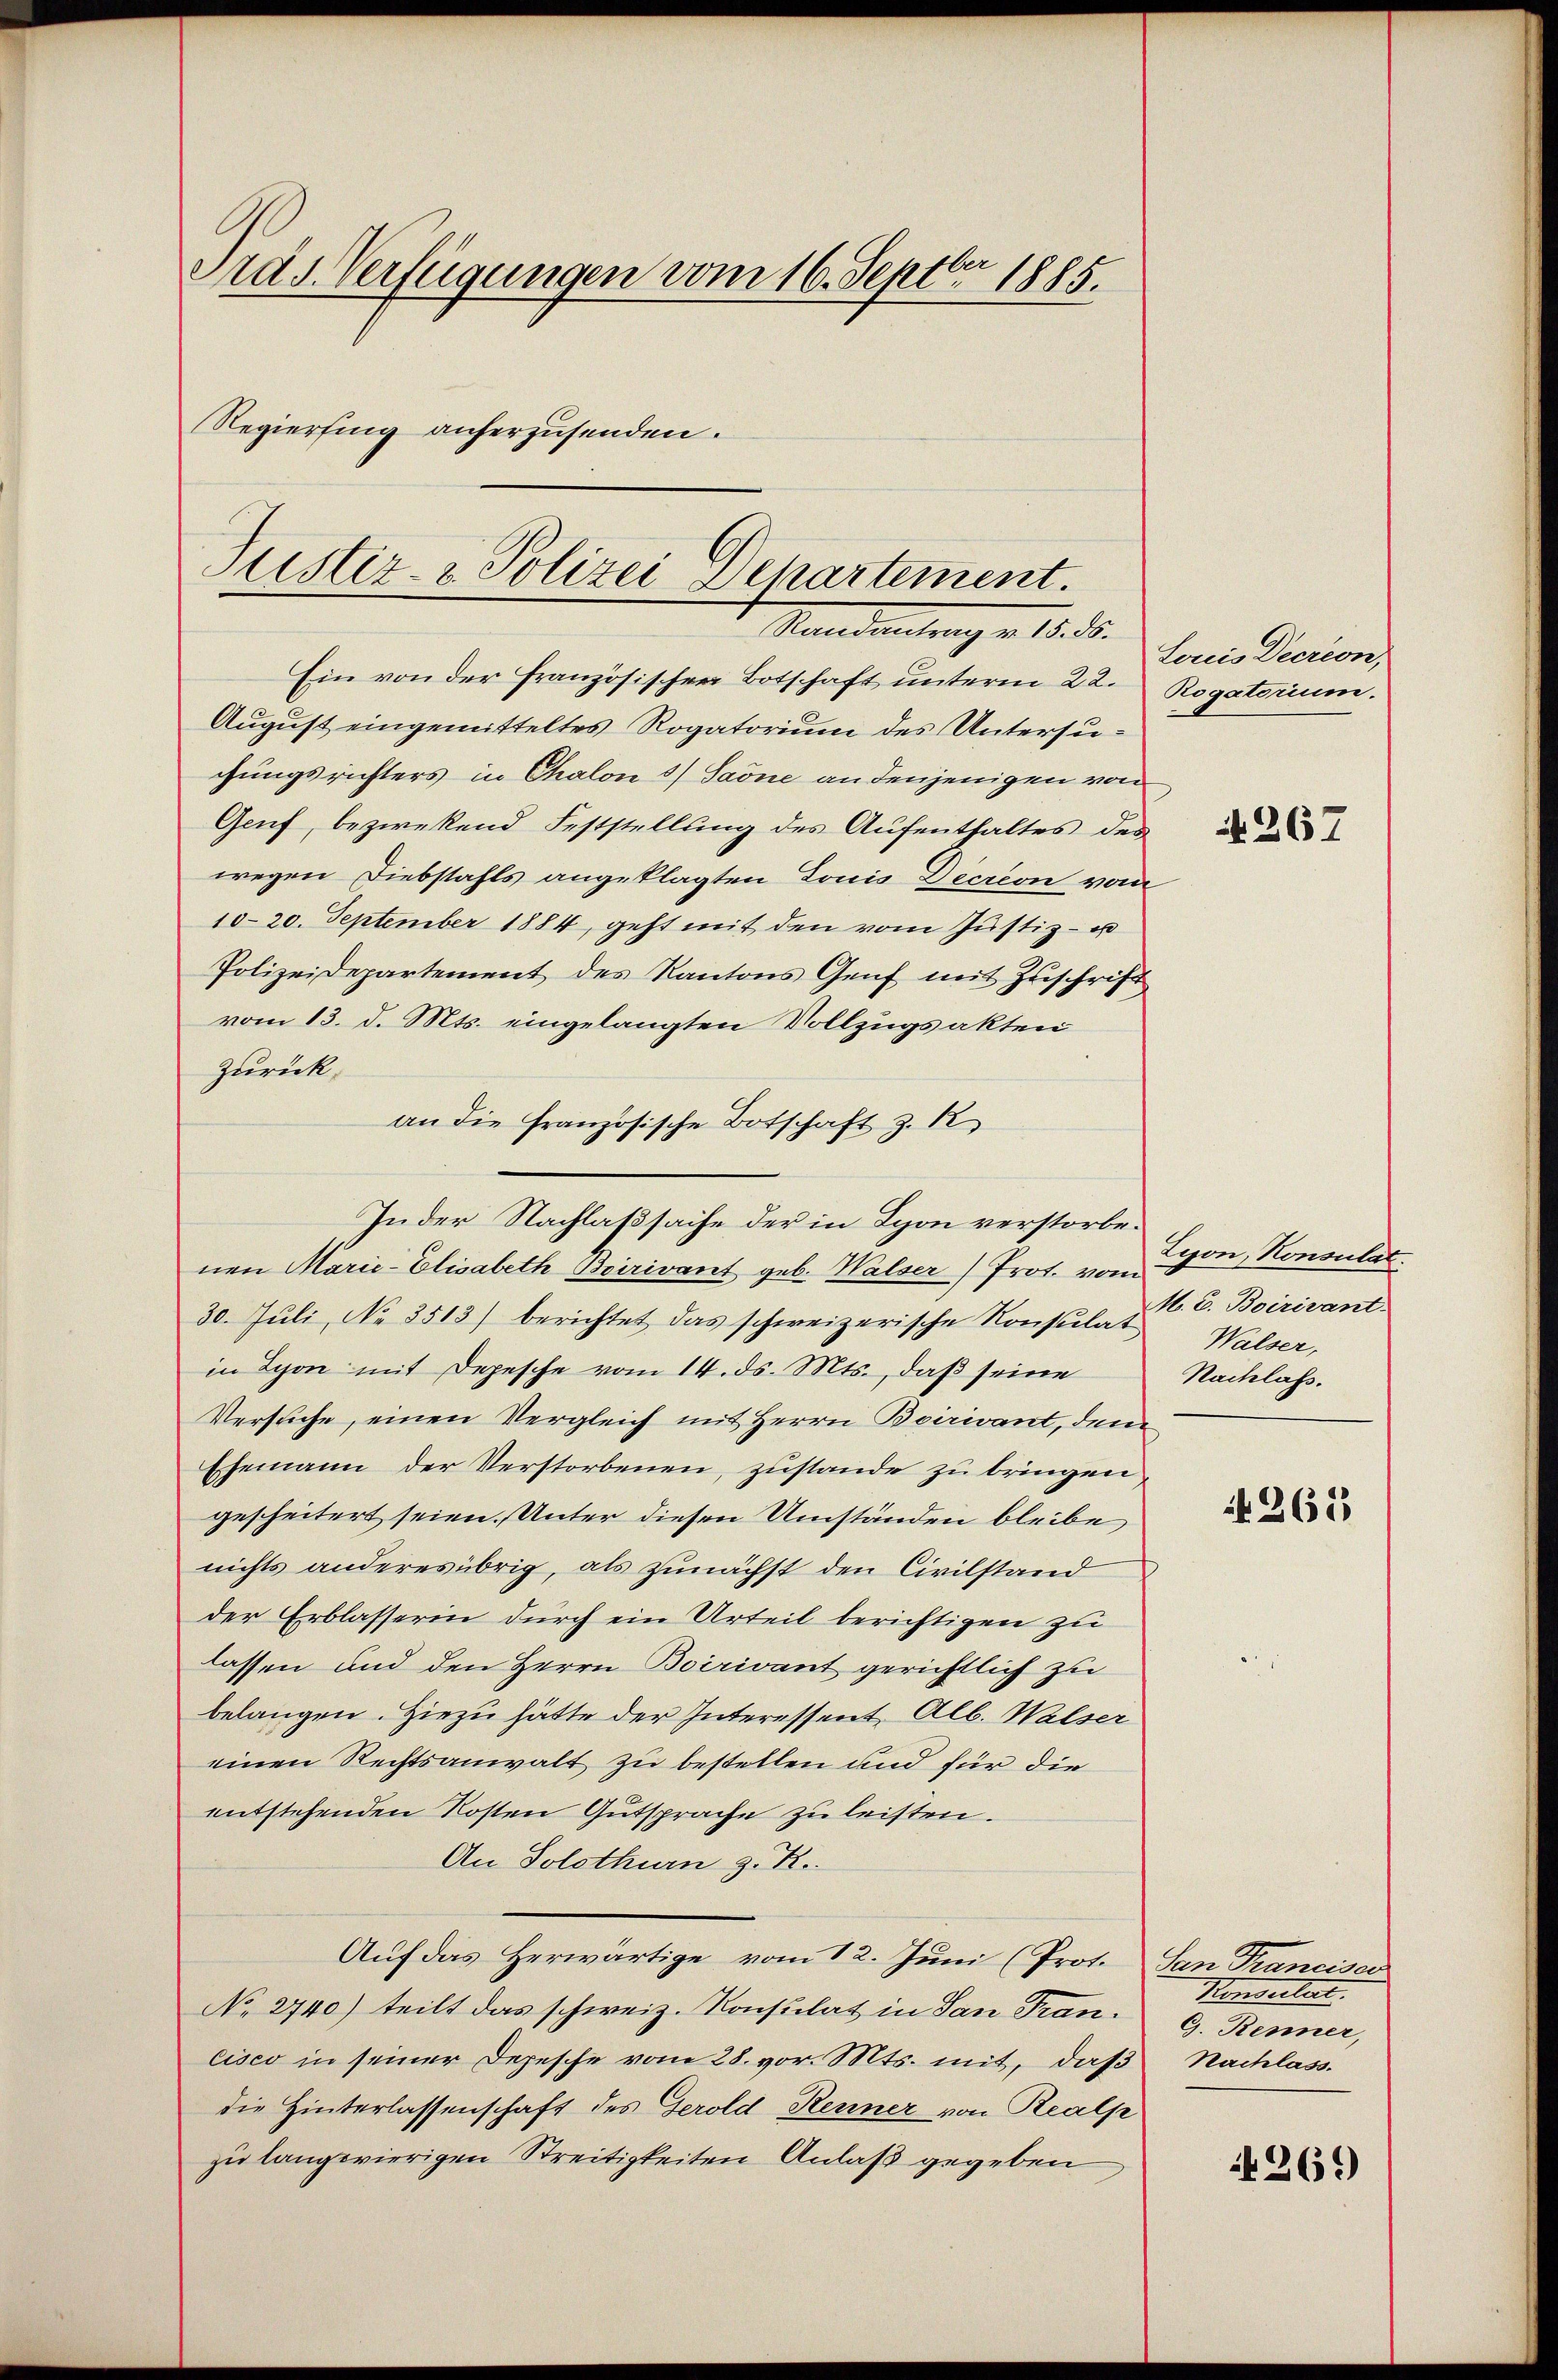
Ards Verfügungen vom 16. Septbr. 1885.
Regierfing auferzusenden.

Justiz- & Polizei Departement.
Randantrag v. 15. 56.

Ein von der französischen Botschaft unterm 22. Rogatorium.
August eingemitteltes Rogatorium des Untersuchungsrichters in Chalon 1) Saöne an denjenigen von
Geuf, bezwekend Feststellung des Aufenthaltes des
wegen Diebstahls angeklagten Louis Decrion vom
1020. September 1884, geht mit den vom Justiz- u
Polizeidepartement des Kantons Genf mit Zuschrift
vom 13. d. Mts. eingelangten Vollzugsakten
zurück.
an die französische Botschaft z. R.
Inder Nachlaßsache der in Schon verstorbenen Marie-Elisabeth Birivant geb. Walser) Prot. vom
30. Juli, No 3513) berichtet das schweizerische Konsulat E. Boirivant
in Lyon mit Depesche vom 14. ds. Mts., daß seine
Versuche, einen Vergleich mit Herrn Bairivant, dem
Ehemann der Verstorbenen, zustande zu bringen,
gescheitert seien. Unter diesen Umständen bleibe
nichts anderes übrig, als zunächst den Civilstand
der Erblasserin durch ein Urteil berichtigen zu
lassen und den Herrn Boirivant gerichtlich zu
belangen. Hiezu hätte der Interessent Alb. Walser
einen Rechtsanwalt zu bestellen und für die
entstehenden Kosten Gutsprache zu leisten.
An Solothurn z. R.
Auf das Herwärtige vom 12. Juni (Prot.
No 2740) teilt das schweiz. Konsulat in San Trancisco in seiner Depesche vom 28. vor. Mts. mit, daß
die Hinterlassenschaft des Gerold Renner von Realp
zu langwierigen Streitigkeiten Anlaß gegeben

Louis Decreon,

it. 267

Lyon, Konsulat
Walser,
Nachlass.

265

San Franciser
Mendertent
G. Renner,
Nachlass.

1269)